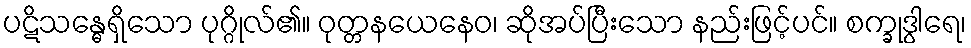
ပဋိသန္ဓေရှိသော ပုဂ္ဂိုလ်၏။ ဝုတ္တနယေနေဝ၊ ဆိုအပ်ပြီးသော နည်းဖြင့်ပင်။ စက္ခုဒွါရေ၊